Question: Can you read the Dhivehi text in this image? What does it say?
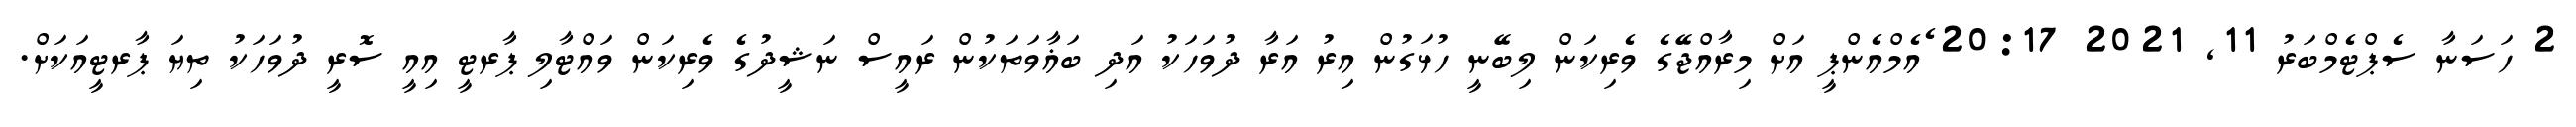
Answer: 2 ހަސަނާ ސެޕްޓެމްބަރު 11, 2021 20:17 ެއެމްއެންޕީ އަށް މިރާއްޖޭގެ ވެރިކަން ލިބޭނީ ހުޅަގުން އިރު އަރާ ދުވަހަކު އަދި ބަޣާވަތަކުން ރައީސް ނަޝީދުގެ ވެރިކަން ވައްޓާލި ޕާރޓީ އިއީ ސޮރީ ދުވަހަކު ތިޔަ ޕާރޓީއަކަށް.